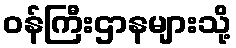
ဝန်ကြီးဌာနများသို့